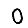
Digit: 0